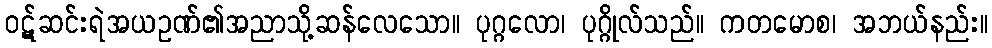
ဝဋ်ဆင်းရဲအယဥဏ်၏အညာသို့ဆန်လေသော။ ပုဂ္ဂလော၊ ပုဂ္ဂိုလ်သည်။ ကတမောစ၊ အဘယ်နည်း။